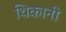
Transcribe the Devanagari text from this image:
थिकानी